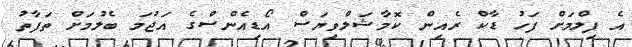
އެ ފިލްމަށް ފަހު ޑާކް ރެއިން ކޮމާޝަލްވިޔަސް އޯޑިއެންސްގެ އަޖުމަ ބެލުމަށް ތަފާތު